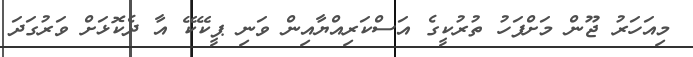
މިއަހަރު ޖޫން މަަށްފަހު ތުރުކީގެ އަސްކަރިއްޔާއިން ވަނި ޕީކޭކޭ އާ ދެކޮޅަށް ވަރުގަދަ